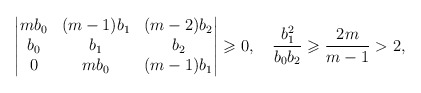
\begin{align*} \begin{vmatrix} mb_0&(m-1)b_1&(m-2)b_2\\ b_0 & b_1& b_2\\ 0 & mb_0&(m-1)b_1 \end{vmatrix}\geqslant 0, \quad \frac{b_1^2}{b_0b_2}\geqslant\frac{2 m}{m-1}>2,\end{align*}